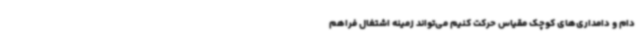
دام و دامداری‌های کوچک مقیاس حرکت کنیم می‌تواند زمینه اشتغال فراهم